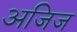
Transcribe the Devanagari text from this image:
अजिज